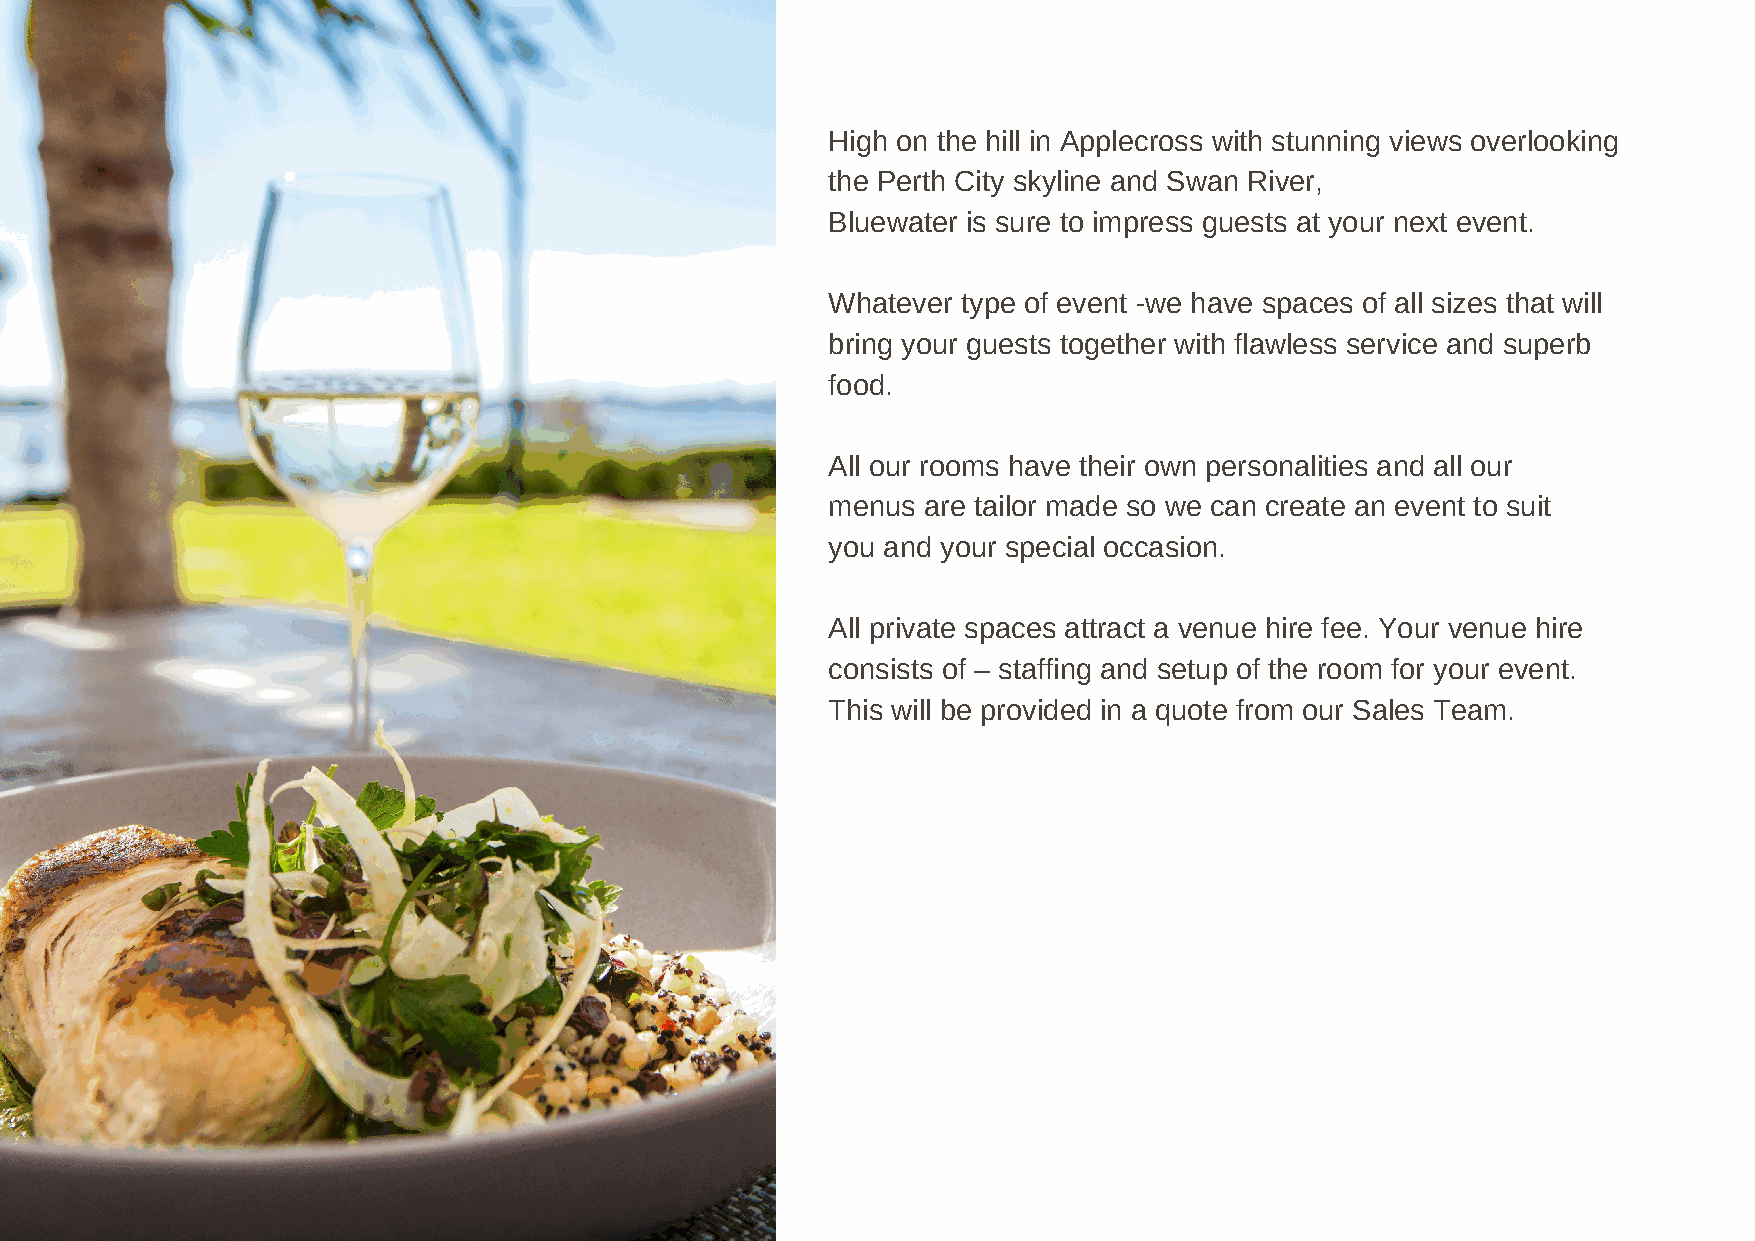
High on the hill in Applecross with stunning views overlooking
 the Perth City skyline and Swan River,
 Bluewater is sure to impress guests at your next event.
 Whatever type of event -we have spaces of all sizes that will
 bring your guests together with flawless service and superb
 food.
 All our rooms have their own personalities and all our
 menus are tailor made so we can create an event to suit
 you and your special occasion.
 All private spaces attract a venue hire fee. Your venue hire
 consists of – staffing and setup of the room for your event.
 This will be provided in a quote from our Sales Team.